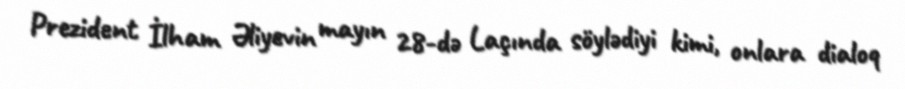
Prezident İlham Əliyevin mayın 28-də Laçında söylədiyi kimi, onlara dialoq